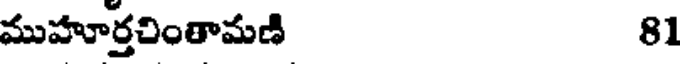
ముహూర్తచింతామణి 81